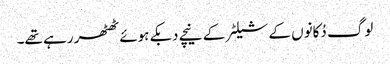
لوگ دُکانوں کے شیلٹر کے نیچے دبکے ہوئے ٹھٹھر رہے تھے۔